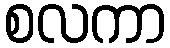
စလကာ